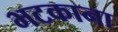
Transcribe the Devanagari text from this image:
भटकाना